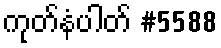
ကုတ်နံပါတ် #5588